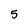
Character: 5